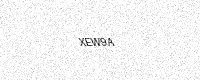
Text: XEW9A